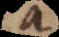
a